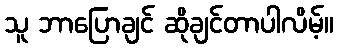
သူ ဘာပြောချင် ဆိုချင်တာပါလိမ့်။